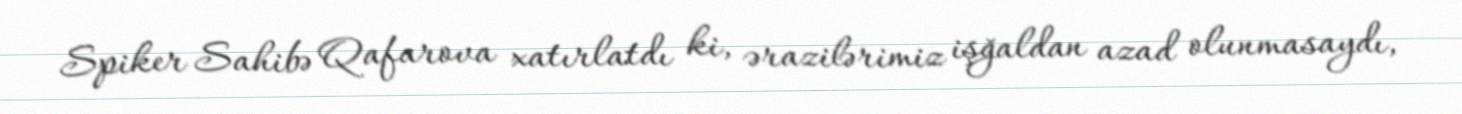
Spiker Sahibə Qafarova xatırlatdı ki, ərazilərimiz işğaldan azad olunmasaydı,